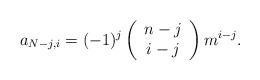
LaTeX: \begin{align*}a_{N-j,i}=(-1)^j\left(\begin{array}{c} n-j \\ i-j \end{array}\right)m^{i-j}.\end{align*}